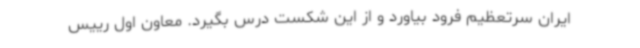
ایران سرتعظیم فرود بیاورد و از این شکست درس بگیرد. معاون اول رییس